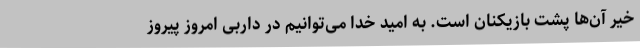
خیر آن‌ها پشت بازیکنان است. به امید خدا می‌توانیم در داربی امروز پیروز